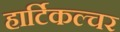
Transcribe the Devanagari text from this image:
हार्टिकल्चर